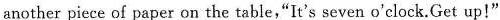
another piece of paper on the table,“It's seven o'clock.Get up!”